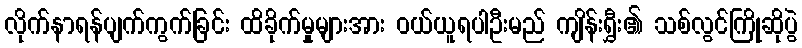
လိုက်နာရန်ပျက်ကွက်ခြင်း ထိခိုက်မှုများအား ဝယ်ယူရပါဦးမည် ကျိန်းရွှီး၏ သစ်လွင်ကြိုဆိုပွဲ